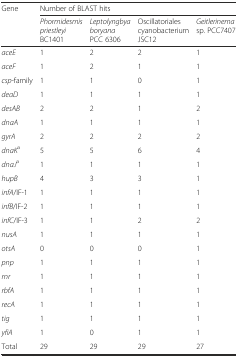
<table><thead><tr><td rowspan="2"><b>Gene</b></td><td colspan="4"><b>Number of BLAST hits</b></td></tr><tr><td><b><i>Phormidesmis priestleyi</i> BC1401</b></td><td><b><i>Leptolyngbya boryana</i> PCC 6306</b></td><td><b>Oscillatoriales cyanobacterium JSC12</b></td><td><b><i>Geitlerinema</i> sp. PCC7407</b></td></tr></thead><tbody><tr><td><i>aceE</i></td><td>1</td><td>2</td><td>2</td><td>1</td></tr><tr><td><i>aceF</i></td><td>1</td><td>2</td><td>1</td><td>1</td></tr><tr><td><i>csp</i>-family</td><td>1</td><td>1</td><td>0</td><td>1</td></tr><tr><td><i>deaD</i></td><td>1</td><td>1</td><td>1</td><td>1</td></tr><tr><td><i>desAB</i></td><td>2</td><td>2</td><td>1</td><td>2</td></tr><tr><td><i>dnaA</i></td><td>1</td><td>1</td><td>1</td><td>1</td></tr><tr><td><i>gyrA</i></td><td>2</td><td>2</td><td>2</td><td>2</td></tr><tr><td><i>dnaK</i><sup>a</sup></td><td>5</td><td>5</td><td>6</td><td>4</td></tr><tr><td><i>dnaJ</i><sup>a</sup></td><td>1</td><td>1</td><td>1</td><td>1</td></tr><tr><td><i>hupB</i></td><td>4</td><td>3</td><td>3</td><td>1</td></tr><tr><td><i>infA</i>/IF-1</td><td>1</td><td>1</td><td>1</td><td>1</td></tr><tr><td><i>infB</i>/IF-2</td><td>1</td><td>1</td><td>1</td><td>1</td></tr><tr><td><i>infC</i>/IF-3</td><td>1</td><td>1</td><td>2</td><td>2</td></tr><tr><td><i>nusA</i></td><td>1</td><td>1</td><td>1</td><td>1</td></tr><tr><td><i>otsA</i></td><td>0</td><td>0</td><td>0</td><td>1</td></tr><tr><td><i>pnp</i></td><td>1</td><td>1</td><td>1</td><td>1</td></tr><tr><td><i>rnr</i></td><td>1</td><td>1</td><td>1</td><td>1</td></tr><tr><td><i>rbfA</i></td><td>1</td><td>1</td><td>1</td><td>1</td></tr><tr><td><i>recA</i></td><td>1</td><td>1</td><td>1</td><td>1</td></tr><tr><td><i>tig</i></td><td>1</td><td>1</td><td>1</td><td>1</td></tr><tr><td><i>yfiA</i></td><td>1</td><td>0</td><td>1</td><td>1</td></tr><tr><td>Total</td><td>29</td><td>29</td><td>29</td><td>27</td></tr></tbody></table>